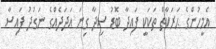
އެމީހުންގެ ޙަރަކާތް ތަކަކީ ފައިދާ ބޮޑު ސިދާ ގިނަ އަދަދެއްގެ ނަގުދު ފައިސާ